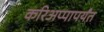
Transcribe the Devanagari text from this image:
करिअप्पापर्यंत